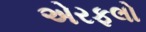
એરફલો